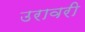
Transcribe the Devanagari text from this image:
उरावरी